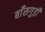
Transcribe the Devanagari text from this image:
बाँसगुड़ी